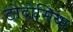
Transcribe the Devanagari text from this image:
ठोदोसिया